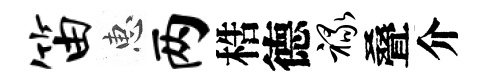
笛惠两梏德禄叠介